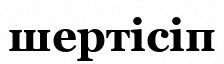
шертісіп